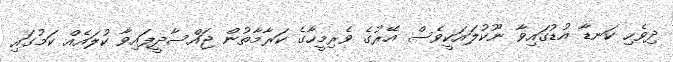
ދިވެހި ކަނޑާ އުޑުގައިވާ ނޫކުލައަކީވެސް އޭރުގެ ވެރިމީހާގެ ކަރާމާތުން ޖައްސާދީފައިވާ ކުލައެއް ކަމުގައި